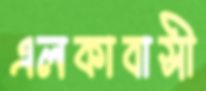
এলকাবাসী